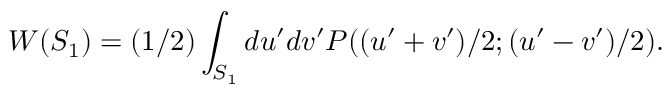
W ( S _ { 1 } ) = ( 1 / 2 ) \int _ { S _ { 1 } } d u ^ { \prime } d v ^ { \prime } P ( ( u ^ { \prime } + v ^ { \prime } ) / 2 ; ( u ^ { \prime } - v ^ { \prime } ) / 2 ) .